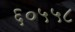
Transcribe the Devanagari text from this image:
६०५५८